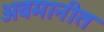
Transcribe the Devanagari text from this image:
अवमानीत